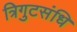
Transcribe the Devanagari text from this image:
त्रिगुटसंधि